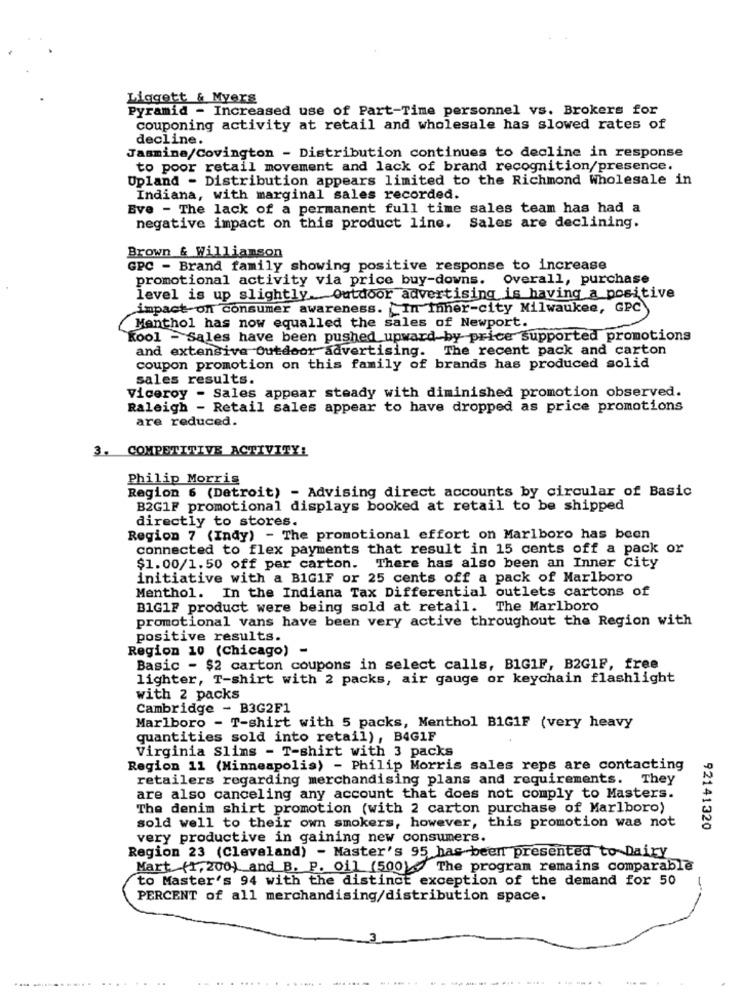
Liggett & Myers
Pyramid - Increased use of Part-Time personnel vs. Brokers for
couponing activity at retail and wholesale has slowed rates of
decline.
Jasmine/Covington - Distribution continues to decline in response
to poor retail movement and lack of brand recognition/presence.
Upland - Distribution appears limited to the Richmond Wholesale in
Indiana, with marginal sales recorded.
Eve - The lack of a permanent full time sales team has had a
negative impact on this product line. Sales are declining.
Brown & Williamson
GPC - Brand family showing positive response to increase
promotional activity via price buy-downs.
Overall, purchase
level is up slightly. outdoor advertising is having a positive
impact on consumer awareness. In inher-city Milwaukee, GPC
Menthol has now equalled the sales of Newport.
Kool - Sales have been pushed upward by price supported promotions
and extensive Outdoor advertising. The recent pack and carton
coupon promotion on this family of brands has produced solid
sales results.
Viceroy - Sales appear steady with diminished promotion observed.
Raleigh - Retail sales appear to have dropped as price promotions
are reduced.
3. COMPETITIVE ACTIVITY:
Philip Morris
Region 6 (Detroit) - Advising direct accounts by circular of Basic
B2G1F promotional displays booked at retail to be shipped
directly to stores.
Region 7 (Indy) - The promotional effort on Marlboro has been
connected to flex payments that result in 15 cents off a pack or
$1.00/1.50 off per carton. There has also been an Inner City
initiative with a BIG1F or 25 cents off a pack of Marlboro
Menthol. In the Indiana Tax Differential outlets cartons of
B1G1F product were being sold at retail. The Marlboro
promotional vans have been very active throughout the Region with
positive results.
Region 10 (Chicago) -
Basic - $2 carton coupons in select calls, BIG1F, B2G1P, free
lighter, T-shirt with 2 packs, air gauge or keychain flashlight
with 2 packs
Cambridge - B3G2F1
Marlboro - T-shirt with 5 packs, Menthol B1G1F (very heavy
quantities sold into retail), B4G1F
Virginia Slims - T-shirt with 3 packs
Region 11 (Minneapolis) - Philip Morris sales reps are contacting
retailers regarding merchandising plans and requirements. They
are also canceling any account that does not comply to Masters.
The denim shirt promotion (with 2 carton purchase of Marlboro)
sold well to their own smokers, however, this promotion was not
92141320
very productive in gaining new consumers.
Region 23 (Cleveland) - Master's 95 has been presented to Dairy
Mart (1, 200) and B. P. oil (500)) The program remains comparable
to Master's 94 with the distinct exception of the demand for 50
PERCENT of all merchandising/distribution space.